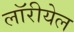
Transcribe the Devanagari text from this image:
लॉरीयेल